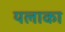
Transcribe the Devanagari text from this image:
यलाका